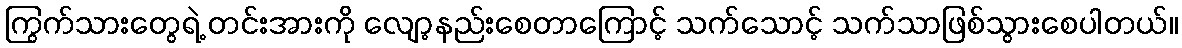
ကြွက်သားတွေရဲ့ တင်းအားကို လျော့နည်းစေတာကြောင့် သက်သောင့် သက်သာဖြစ်သွားစေပါတယ်။